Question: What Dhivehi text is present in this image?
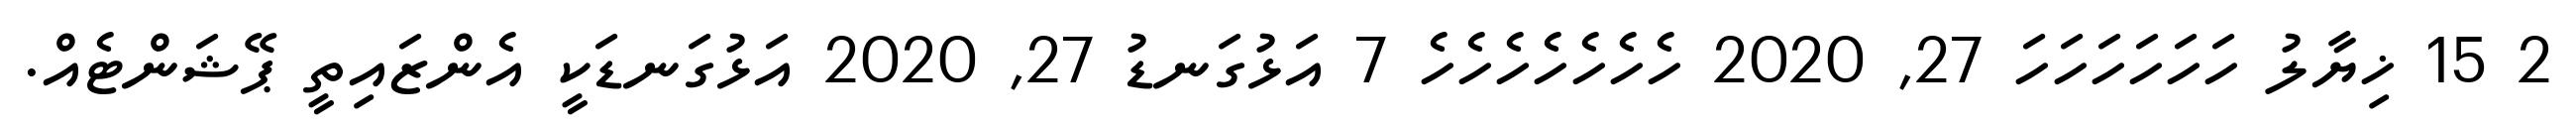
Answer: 2 15 ޚިޔާލު ހަހަހަހަހަހަ 27, 2020 ހެހެހެހެހެހެހެ 7 އަޅުގަނޑު 27, 2020 އަޅުގަނޑަކީ އެންޒައިތީ ޕޭޝަންޓެއް.